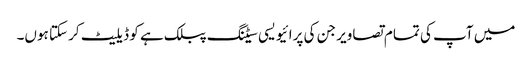
میں آپ کی تمام تصاویر جن کی پرائیویسی سیٹنگ پبلک ہے کو ڈیلیٹ کر سکتا ہوں۔